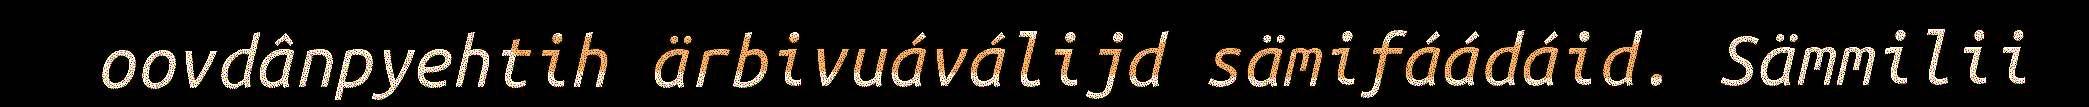
oovdânpyehtih ärbivuáválijd sämifáádáid. Sämmilii